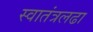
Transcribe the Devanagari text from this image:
स्वातंत्रलढा